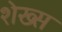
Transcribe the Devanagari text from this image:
शेख्स